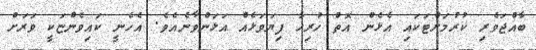
ބާއްޖަވެރި ކުރުމަށްޓަކައި އެޅެން އޮތް ހުރިހާ ފިޔަވަޅެއް އަޅަންވާނެއެވެ. އެހެނީ ކައިވެންޏަކީ ވަރަށް